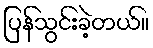
ပြန်သွင်းခဲ့တယ်။